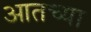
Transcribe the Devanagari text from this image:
आतच्या